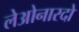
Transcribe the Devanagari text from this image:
लेओनारदो